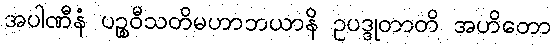
အပါဏီနံ ပဉ္စဝီသတိမဟာဘယာနိ ဥပဒ္ဒုတာတိ အဟိတော